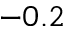
- 0 . 2